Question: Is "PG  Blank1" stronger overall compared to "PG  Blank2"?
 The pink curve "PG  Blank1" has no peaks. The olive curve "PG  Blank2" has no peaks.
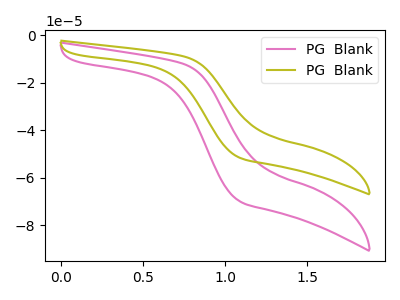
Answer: <think>Neither "PG  Blank1" or "PG  Blank2" have any peaks.
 </think>
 <answer>I cant tell if "PG  Blank1" or "PG  Blank2" has more signal.</answer>
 <eval>mixed_signal</eval>